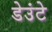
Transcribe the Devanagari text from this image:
डेउंटे